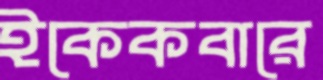
ইকেকবারে